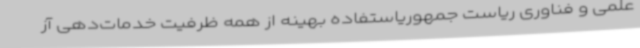
علمی و فناوری ریاست جمهوریاستفاده بهینه از همه ظرفیت خدمات‌دهی آز